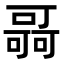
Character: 𠾳